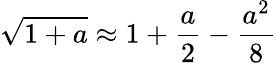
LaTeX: \sqrt{1+a}\approx 1+\frac{a}{2}-\frac{a^{2}}{8}